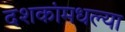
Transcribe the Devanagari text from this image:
दशकांमधल्या